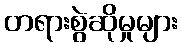
တရားစွဲဆိုမှုများ